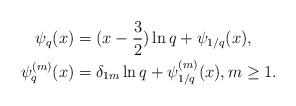
LaTeX: \begin{align*} \psi_q(x) &=(x-\frac 3{2})\ln q+\psi_{1/q}(x), \\ \psi^{(m)}_q(x) &=\delta_{1m}\ln q+\psi^{(m)}_{1/q}(x), m \geq 1. \end{align*}